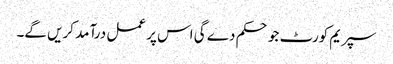
سپریم کورٹ جو حکم دے گی اس پر عمل درآمد کریں گے۔